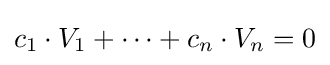
c_{1}\cdot V_{1}+\cdots +c_{n}\cdot V_{n}=0